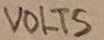
Text: VOLTS